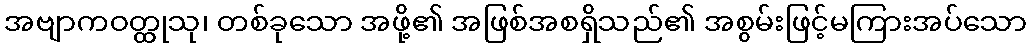
အဗျာကဝတ္ထုသု၊ တစ်ခုသော အဖို့၏ အဖြစ်အစရှိသည်၏ အစွမ်းဖြင့်မကြားအပ်သော